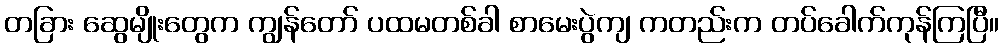
တခြား ဆွေမျိုးတွေက ကျွန်တော် ပထမတစ်ခါ စာမေးပွဲကျ ကတည်းက တပ်ခေါက်ကုန်ကြပြီ။